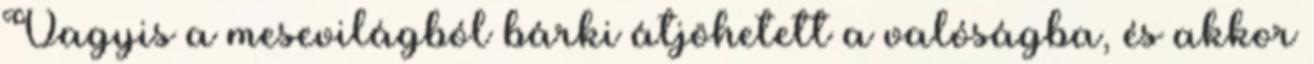
Vagyis a mesevilágból bárki átjöhetett a valóságba, és akkor